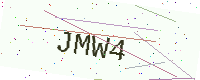
Text: JMW4